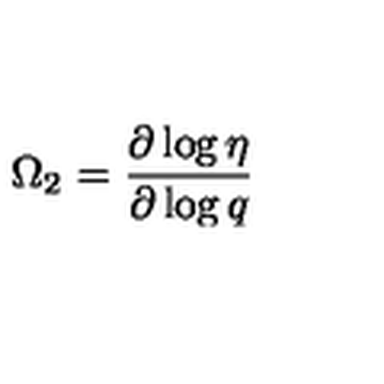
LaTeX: \Omega _ { 2 } = \frac { \partial \log \eta } { \partial \log q }